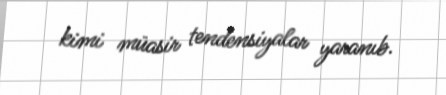
kimi müasir tendensiyalar yaranıb.